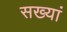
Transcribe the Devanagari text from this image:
सख्यां